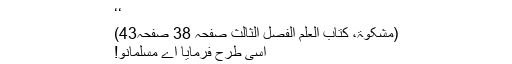
‘‘
(مشکوٰۃ، کتاب العلم الفصل الثالث صفحہ 38 صفحہ43)
اسی طرح فرمایا اے مسلمانو!